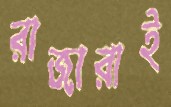
রাজারাই